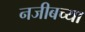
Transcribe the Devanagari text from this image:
नजीबच्या